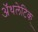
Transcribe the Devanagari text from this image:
अॅथलेटिक्